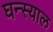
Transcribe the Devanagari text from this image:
घन्स्याल